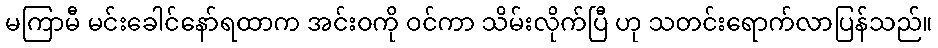
မကြာမီ မင်းခေါင်နော်ရထာက အင်းဝကို ဝင်ကာ သိမ်းလိုက်ပြီ ဟု သတင်းရောက်လာပြန်သည်။